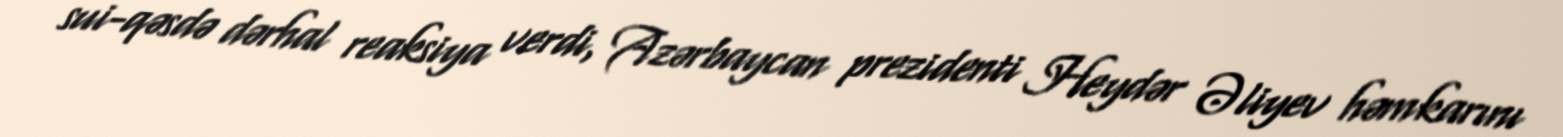
sui-qəsdə dərhal reaksiya verdi, Azərbaycan prezidenti Heydər Əliyev həmkarını